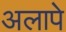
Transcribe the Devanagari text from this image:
अलापे